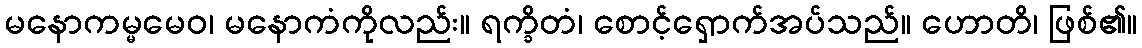
မနောကမ္မမေဝ၊ မနောကံကိုလည်း။ ရက္ခိတံ၊ စောင့်ရှောက်အပ်သည်။ ဟောတိ၊ ဖြစ်၏။